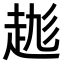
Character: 𧻆